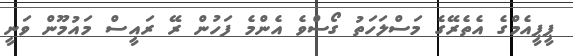
ޕީޕީއެމްގެ އެތެރޭގެ މަސްލަހަތު ގޯސްވެ އެންމެ ފަހުން ރޭ ރައީސް މައުމޫން ވަނީ